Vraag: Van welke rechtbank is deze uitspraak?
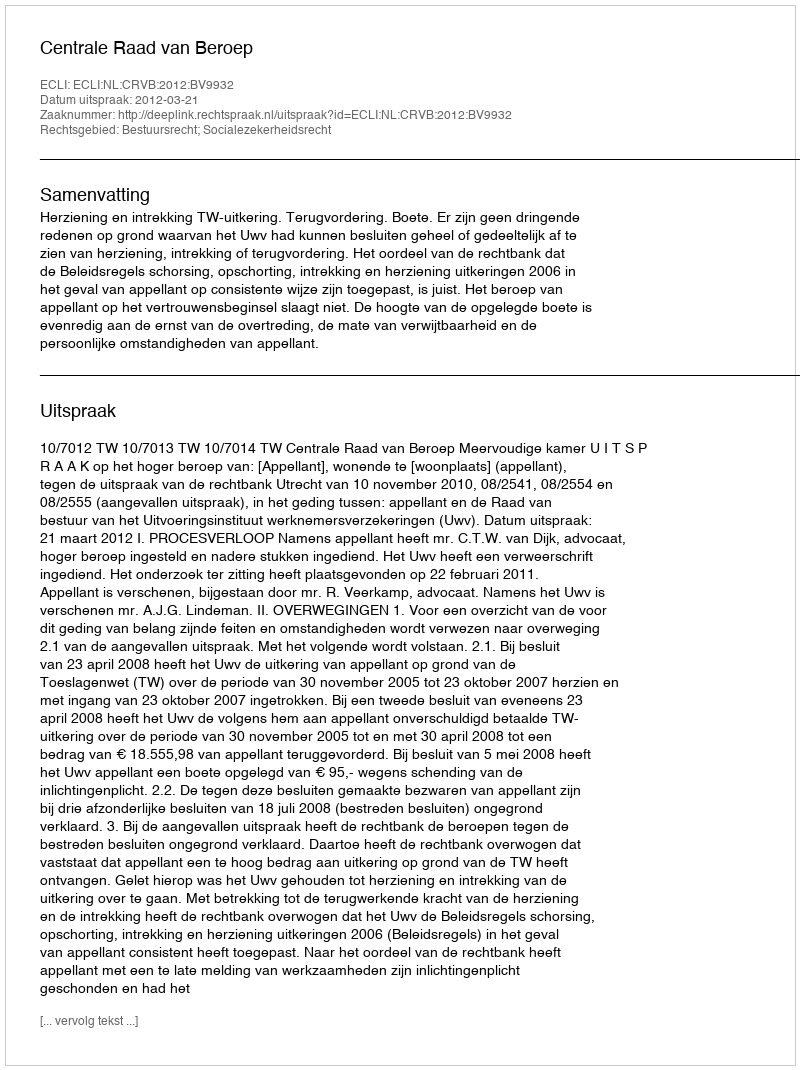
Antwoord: Centrale Raad van Beroep